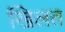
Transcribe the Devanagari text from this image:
खिलत